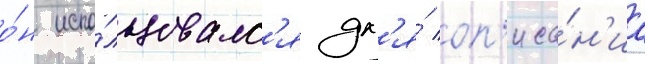
о́н испо́льзовалс'я дл'я́ оп'иса́н'иа